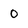
Character: O